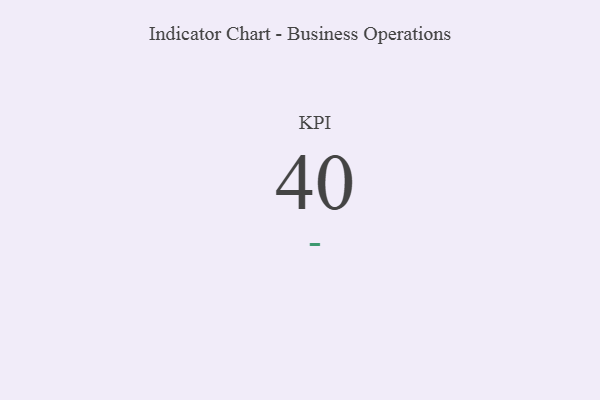
{"axis": {"x": "KPI", "y": "Value"}, "legend": [""], "data": [{"x": "KPI", "y": 40, "type": ""}]}